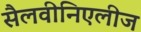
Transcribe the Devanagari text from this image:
सैलवीनिएलीज